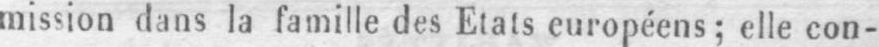
mission dans la famille des Etats européens; elle con-